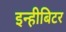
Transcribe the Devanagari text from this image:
इन्हीबिटर